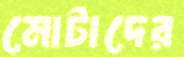
মোটাদের